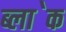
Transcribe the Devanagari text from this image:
ब्ला॓क